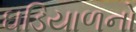
ઘડિયાળનો